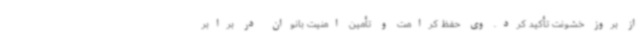
از بروز خشونت تأکید کرد. وی حفظ کرامت و تأمین امنیت بانوان در برابر